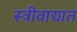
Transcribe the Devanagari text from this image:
स्त्रीवाद्यात